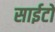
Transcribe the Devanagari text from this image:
साईटों